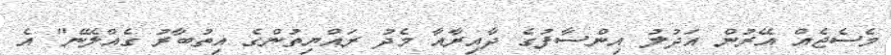
މެސެޖެއް އޭރުން އަދުލު އިންސާފުގެ ދާއިރާއާ މެދު ރައްޔިތުންގެ އިތުބާރު ގެއްލޭނެ" އެ